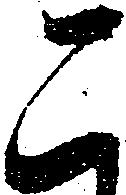
こ